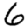
Digit: 6